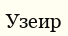
Узеир